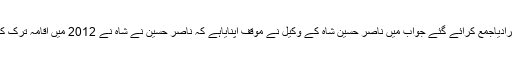
سابق صوبائی وزیر ناصر حسین شاہ اور سردار غیبی نواب چانڈیو کے وکیل نے جواب جمع کرادیاجمع کرائے گئے جواب میں ناصر حسین شاہ کے وکیل نے موقف اپنایاہے کہ ناصر حسین نے شاہ نے 2012 میں اقامہ ترک کردیا تھا، ناصر حسین شاہ عام انتخابات میں بھی امیدوار ہیں اس لیے کیس کو فوری سنا جائے۔